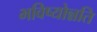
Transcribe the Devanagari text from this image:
भविष्योन्नति